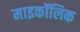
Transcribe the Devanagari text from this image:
माइकॉलिक